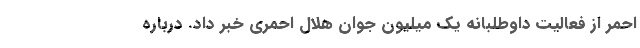
احمر از فعالیت داوطلبانه یک میلیون جوان هلال احمری خبر داد. درباره